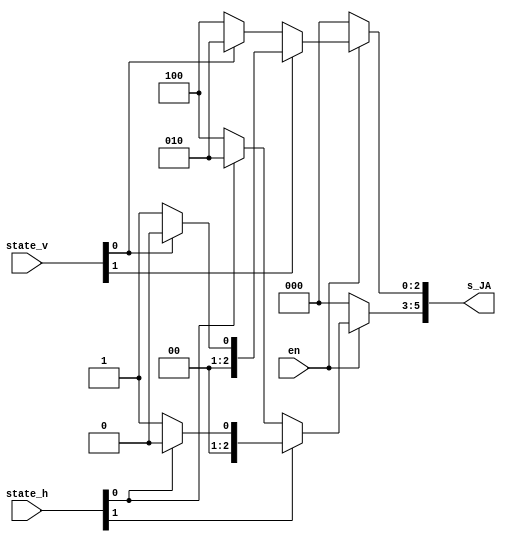
`timescale 1ns / 1ps
/*
Prende los LEDs de los semaforos segn los estados
0 Verde         pins 2 y 5
1 Amarillo      pins 1 y 4
2 Rojo          pins 0 y 3
*/
module stoplight_led_mgmt(
    input en,
    input [1:0]state_v,
    input [1:0]state_h,
    output [5:0]s_JA
    );
    
    assign s_JA[2:0] = en ? (state_v[1] ? (state_v[0] ? 3'b000 : 3'b001) : (state_v[0] ? 3'b010 : 3'b100)) : 3'b000; 
    assign s_JA[5:3] = en ? (state_h[1] ? (state_h[0] ? 3'b000 : 3'b001) : (state_h[0] ? 3'b010 : 3'b100)) : 3'b000;
    
endmodule